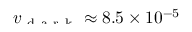
\smash { v _ { \mathrm { ~ d ~ a ~ r ~ k ~ } } \approx 8 . 5 \times 1 0 ^ { - 5 } }